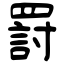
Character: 罸